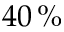
4 0 \, \%